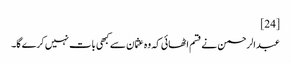
[24]
عبدالرحمن نے قسم اٹھائی کہ وہ عثمان سے کبھی بات نہیں کرے گا۔